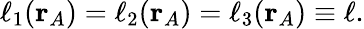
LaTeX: \ell_{1}(\mathbf{r}_{A})=\ell_{2}(\mathbf{r}_{A})=\ell_{3}(\mathbf{r}_{A})\equiv\ell.